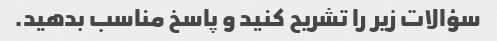
سؤالات زیر را تشریح کنید و پاسخ مناسب بدهید.